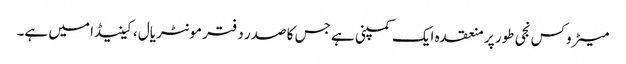
میٹروکس نجی طور پر منعقدہ ایک کمپنی ہے جس کا صدر دفتر مونٹریال ، کینیڈا میں ہے۔